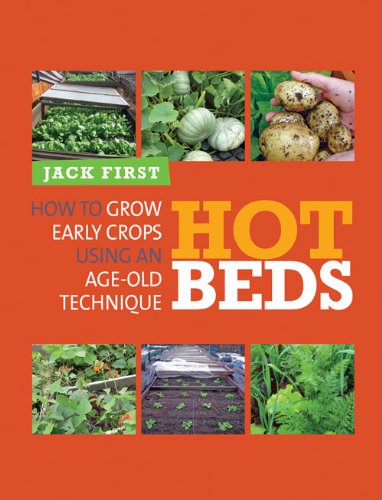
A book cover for Hot Beds: How to Grow Early Crops Using an Age-Old Technique; Jack First; Crafts, Hobbies & Home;